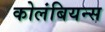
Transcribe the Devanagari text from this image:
कोलंबियन्स